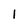
Character: 1